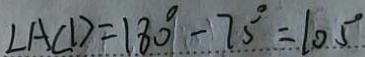
\angle A C D = 1 8 0 ^ { \circ } - 7 5 ^ { \circ } = 1 0 5 ^ { \circ }